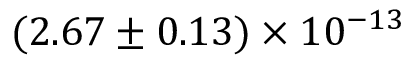
( 2 . 6 7 \pm 0 . 1 3 ) \times 1 0 ^ { - 1 3 }